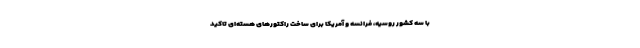
با سه کشور روسیه، فرانسه و آمریکا برای ساخت راکتورهای هسته‌ای تاکید